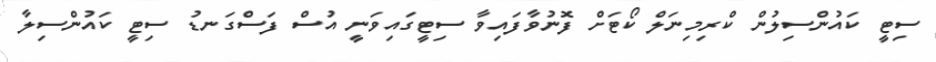
ސިޓީ ކައުންސިލުން ކްރިމިނަލް ކޯޓަށް ފޮނުވާފައިވާ ސިޓީގައިވަނީ އުސް ފަސްގަނޑު ސިޓީ ކައުންސިލާ